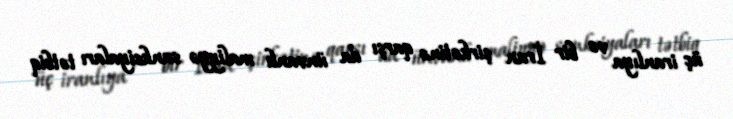
üç iranlıya və bir İran şirkətinə qarşı da ünvanlı maliyyə sanksiyaları tətbiq